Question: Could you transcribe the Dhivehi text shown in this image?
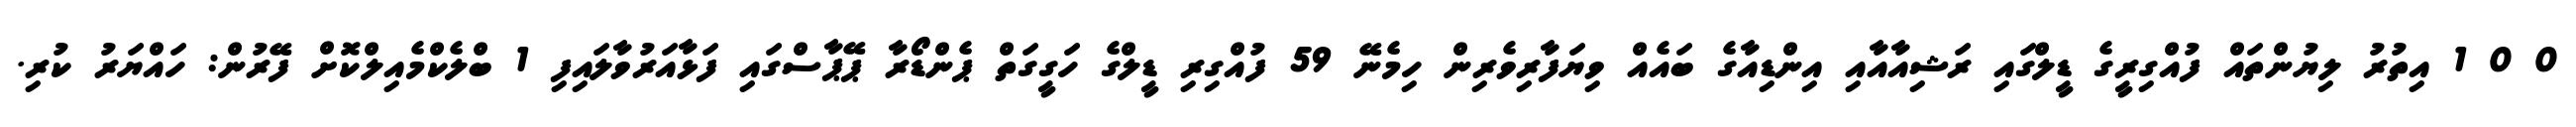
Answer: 0 0 1 އިތުރު ލިޔުންތައް ފުއްގިރީގެ ޑީލްގައި ރަޝިއާއާއި އިންޑިއާގެ ބައެއް ވިޔަފާރިވެރިން ހިމެނޭ 59 ފުއްގިރި ޑީލްގެ ހަގީގަތް ޕެންޑޯރާ ޕޭޕާސްގައި ފަޅާއަރުވާލައިފި 1 ބްލެކްމެއިލްކޮށް ފޭރުން: ހައްޔަރު ކުރި.